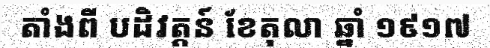
តាំងពី បដិវត្តន៍ ខែតុលា ឆ្នាំ ១៩១៧